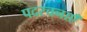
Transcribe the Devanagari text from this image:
पदरचनाएँ